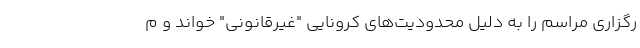
رگزاری مراسم را به دلیل محدودیت‌های کرونایی "غیرقانونی" خواند و م